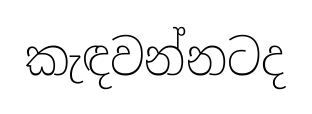
කැඳවන්නටද